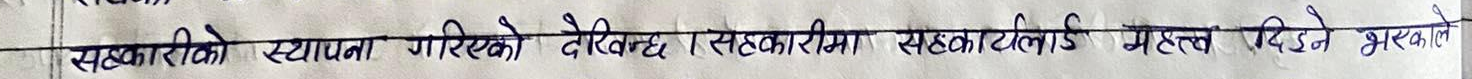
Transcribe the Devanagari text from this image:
सहकारीको स्थापना गरिएको देखिन्छ। सहकारीमा सहकार्यलाई महत्व दिइने भएकाले